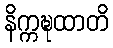
နိက္ကဍ္ဎထာတိ